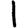
Digit: 1